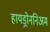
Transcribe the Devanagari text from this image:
हायड्रोननिअम